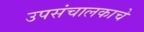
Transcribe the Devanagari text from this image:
उपसंचालकाचे